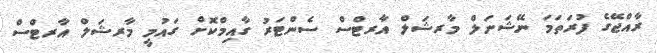
ރާއްޖޭގެ ފުރަތަމަ ނޭޝަނަލް މާރޝަލް އާރޓްސް ސެންޓަރު ގާއިމްކޮށް ގައުމީ މާރޝަލް އާރޓްސް